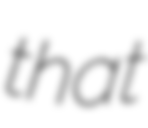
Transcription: that